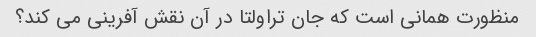
منظورت همانی است که جان تراولتا در آن نقش آفرینی می کند؟